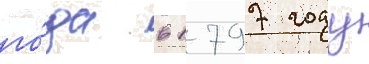
го́да в 1797 году